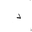
Letter: _dal